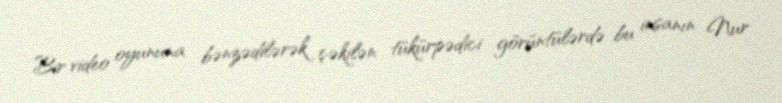
Bir video oyununa bənzədilərək çəkilən tükürpədici görüntülərdə bu insanın Nur